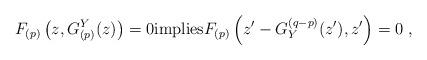
LaTeX: \begin{align*}F_{(p)}\left(z,G_{(p)}^Y(z)\right)=0\mathrm{implies}F_{(p)}\left(z'-G_Y^{(q-p)}(z'),z'\right)=0\ ,\end{align*}